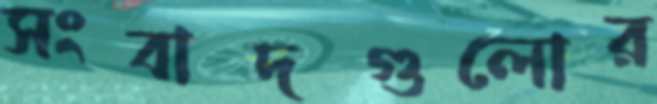
সংবাদগুলোর